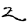
Digit: 2